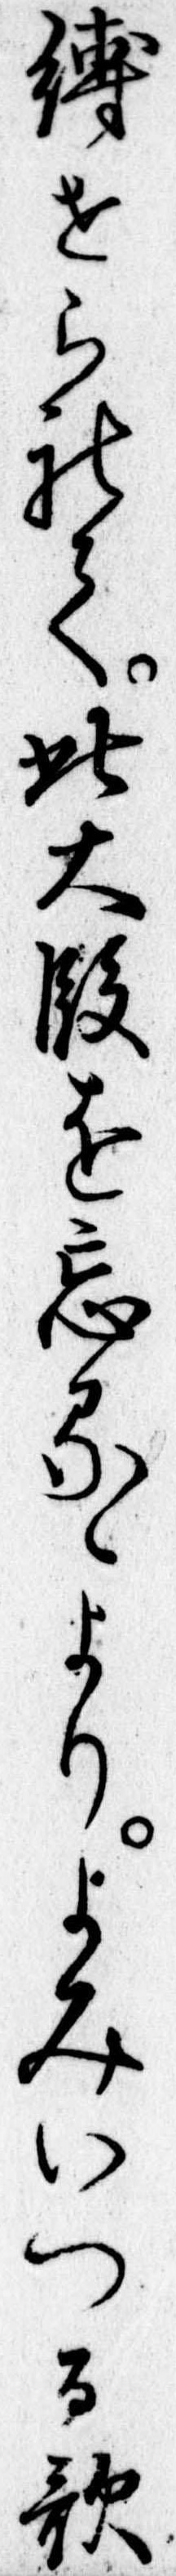
縛せられて此大段を忘るゝよりよみいつる歌